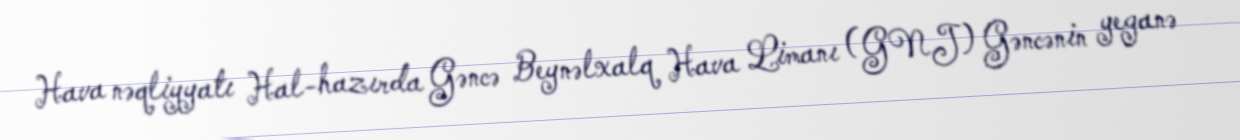
Hava nəqliyyatı Hal-hazırda Gəncə Beynəlxalq Hava Limanı (GNJ) Gəncənin yeganə